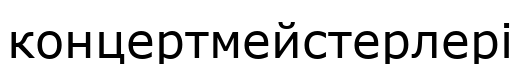
концертмейстерлері